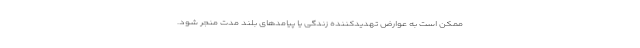
ممکن است به عوارض تهدیدکننده زندگی یا پیامدهای بلند مدت منجر شود.